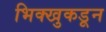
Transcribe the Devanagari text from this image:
भिक्खुकडून